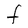
Character: F